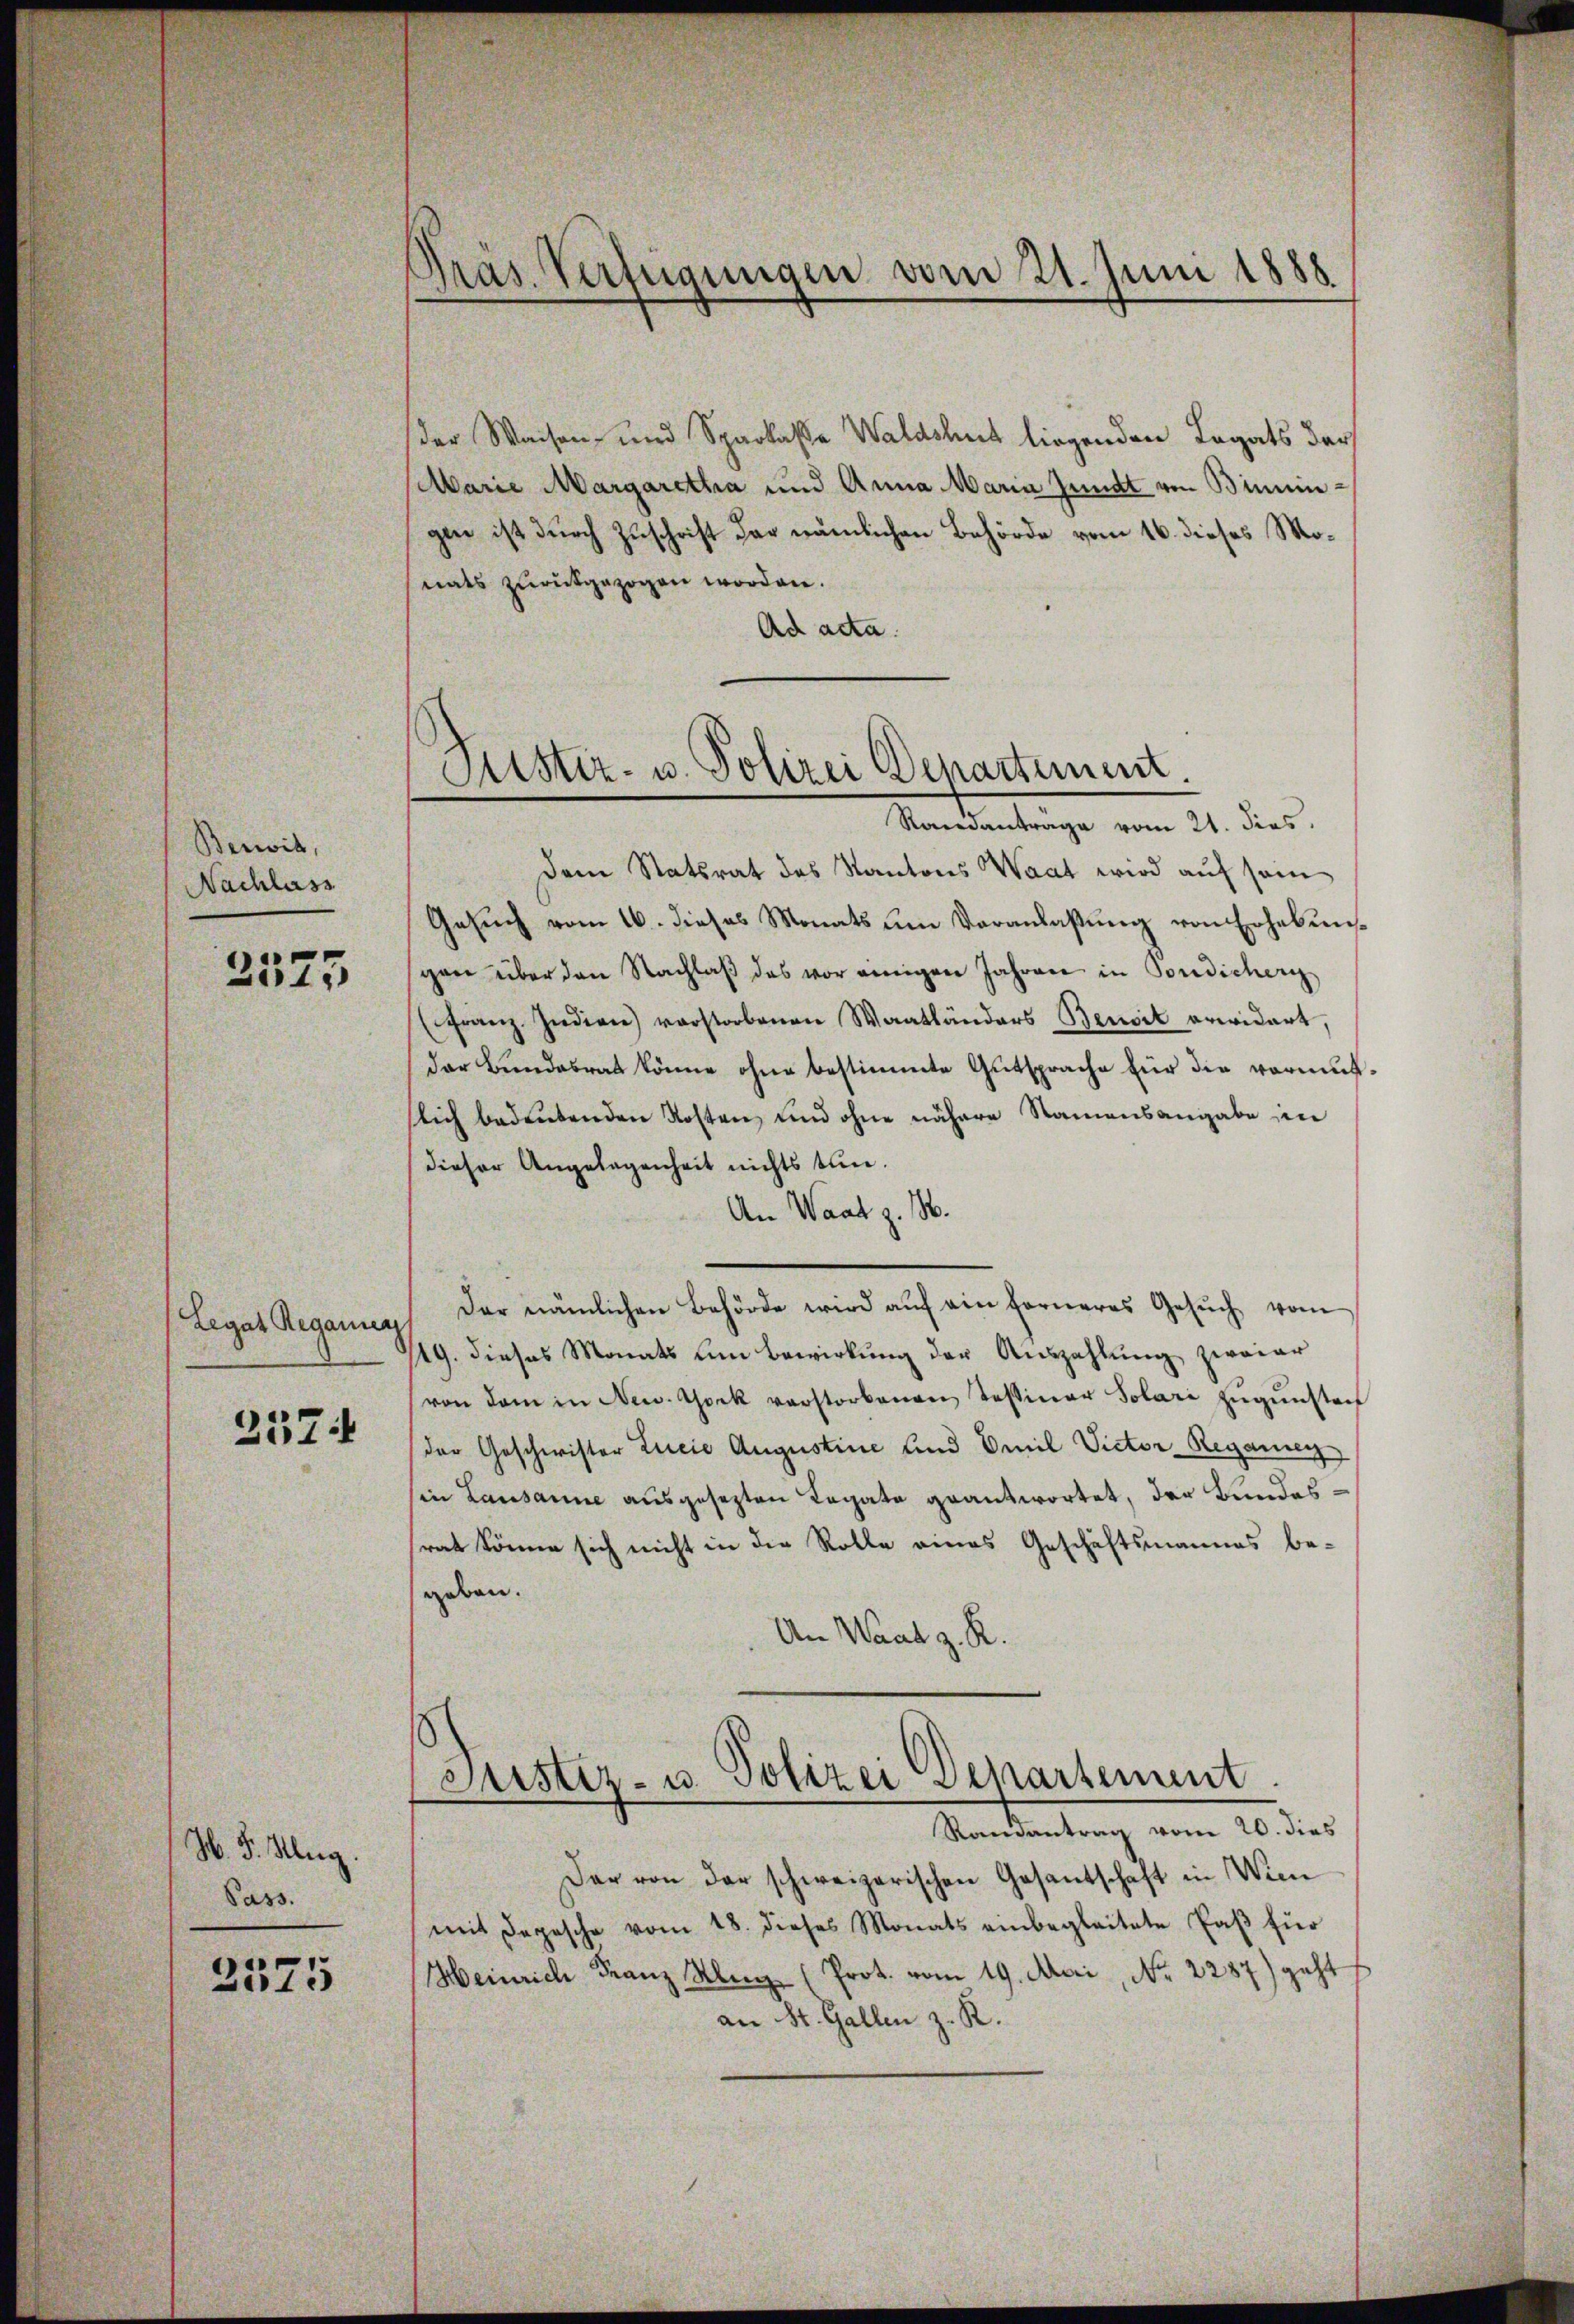
Berwil,
Nachlass

2375

Legat Regang

257.

H. 3. Klug.
Pass.
2375

Präs. Verfügungen vom 21. Juni 1888

der Waisen, und Sparkasse Waldshut liegenden Legats dar
Marie Margaretha und Anna Maria Jundt von Binningen ist durch Zuschrift der nämlichen Behörde vom 16. dieses Monats zŭrückgezogen worden.
Ad acta.

Justiz- u. Polizei Departement
Randantrage vom 21. dies

Dem Statsrat des Kantons Waat wird auf sein
Gesŭch vom 16. dieses Monats ŭm Veranlaβŭng von Erhebungen über den Nachlaβ des vor einigen Jahren in Pordischer
(Franz. Indien) verstorbenen Waatländers Benoit erwidert,
der Bundesrat könne ohne bestimmte Gutsprache für die vermutslich bedeutenden Kosten und ohne nähere Namensangabe im
dieser Angelegenheit nichts tun.
An Waat z. B.
Der nämlichen Behörde wird aŭf ein ferneres Gesŭch vom
19. dieses Monats um Bewirkung der Auszahlung zwaiar
von dem in New York verstorbenen Tessiner Solari zŭgŭnsten
der Geschwister Lucia Augustine und Emil Victor-Regannen
in Lausanne ausgesezten Ragate geantwortet, der Bundesrat könne sich nicht in die Rolle eines Geschäftsmannes be-
geben.
Am Waad z. R.

Suster- u. Polizei Departement.
Randantrag vom 20. dies

Der von der schweizerischen Gesantschaft in Wien
mit Depesche vom 18. dieses Monats einbegleitete Paβ für
Heinrich Franz Aberg (Prot. vom 19. Mai, Nr. 2287) geht
an St. Gallen z. R.